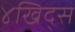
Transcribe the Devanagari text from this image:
४खिद्स